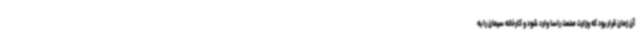
آن زمان قرار بود که وزارت صنعت راسا وارد شود و کارخانه سیمان را به